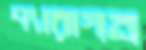
প্যারাগন